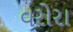
વરોરા